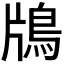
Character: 𬷃